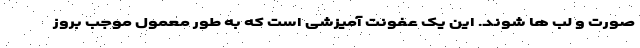
صورت و لب ها شوند. این یک عفونت آمیزشی است که به طور معمول موجب بروز